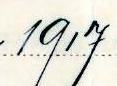
1917